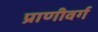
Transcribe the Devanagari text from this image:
प्राणीवर्ग